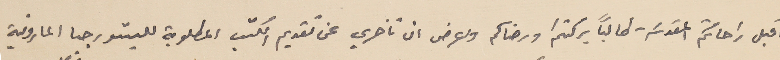
اقبل راحاتكم المقدسَة طالبًا بركتكم ورضاكم واعرض ان تاخري عن تقديم الكتب المطلوبة لليتورجيا المارونية